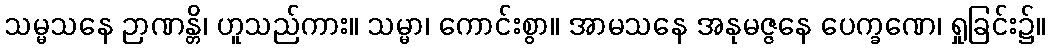
သမ္မသနေ ဉာဏန္တိ၊ ဟူသည်ကား။ သမ္မာ၊ ကောင်းစွာ။ အာမသနေ အနုမဇ္ဇနေ ပေက္ခဏေ၊ ရှုခြင်း၌။